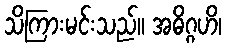
သိကြားမင်းသည်။ အဓိဂ္ဂဟိ၊